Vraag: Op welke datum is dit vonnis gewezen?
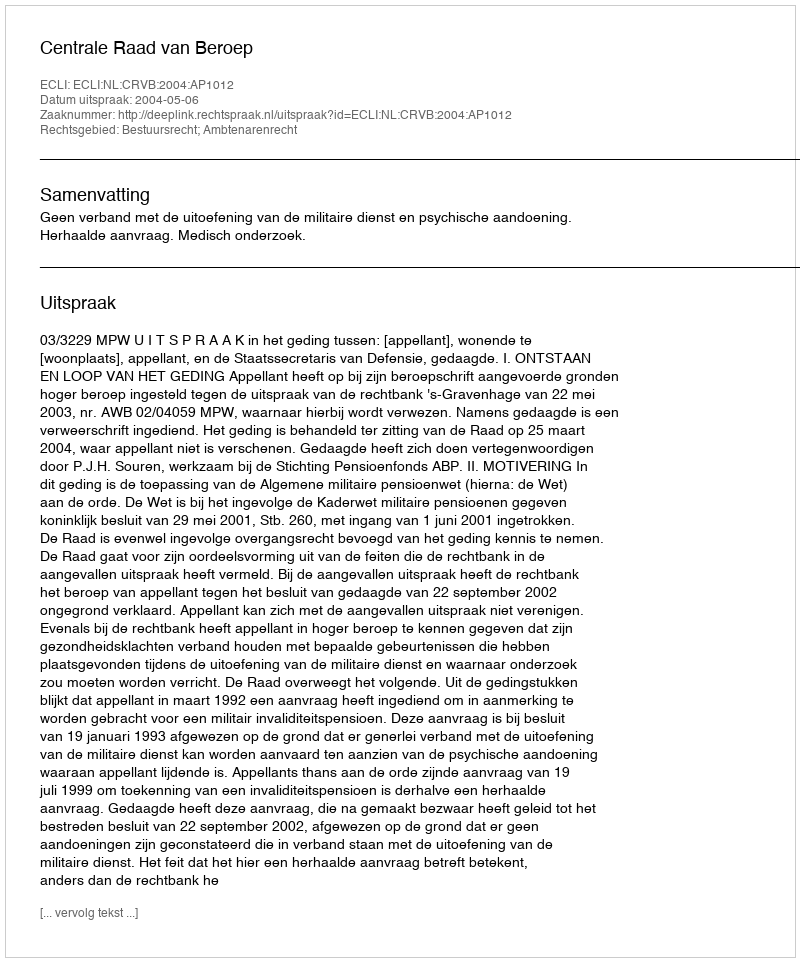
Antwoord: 2004-05-06